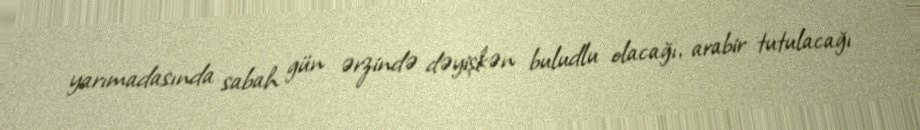
yarımadasında sabah gün ərzində dəyişkən buludlu olacağı, arabir tutulacağı